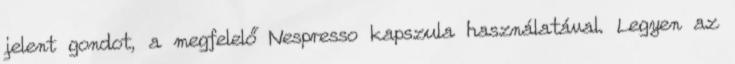
jelent gondot, a megfelelő Nespresso kapszula használatával. Legyen az